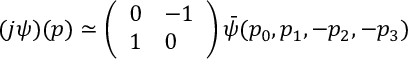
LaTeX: ( j \psi ) ( p ) \simeq \left( \begin{array} { l l } { { 0 } } & { { - 1 } } \\ { { 1 } } & { { 0 } } \end{array} \right) \bar { \psi } ( p _ { 0 } , p _ { 1 } , - p _ { 2 } , - p _ { 3 } )